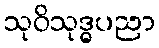
သုဝိသုဒ္ဓပညာ